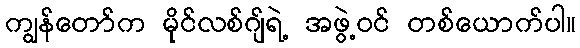
ကျွန်တော်က မိုင်လစ်ဂျ်ရဲ့ အဖွဲ့ဝင် တစ်ယောက်ပါ။